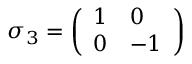
\sigma _ { 3 } = \left( \begin{array} { l l } { 1 } & { 0 } \\ { 0 } & { - 1 } \end{array} \right)